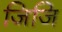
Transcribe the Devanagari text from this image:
जिजि